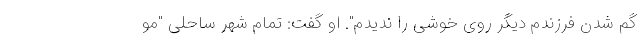
گم شدن فرزندم دیگر روی خوشی را ندیدم". او گفت: تمام شهر ساحلی "مو